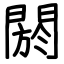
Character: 閼